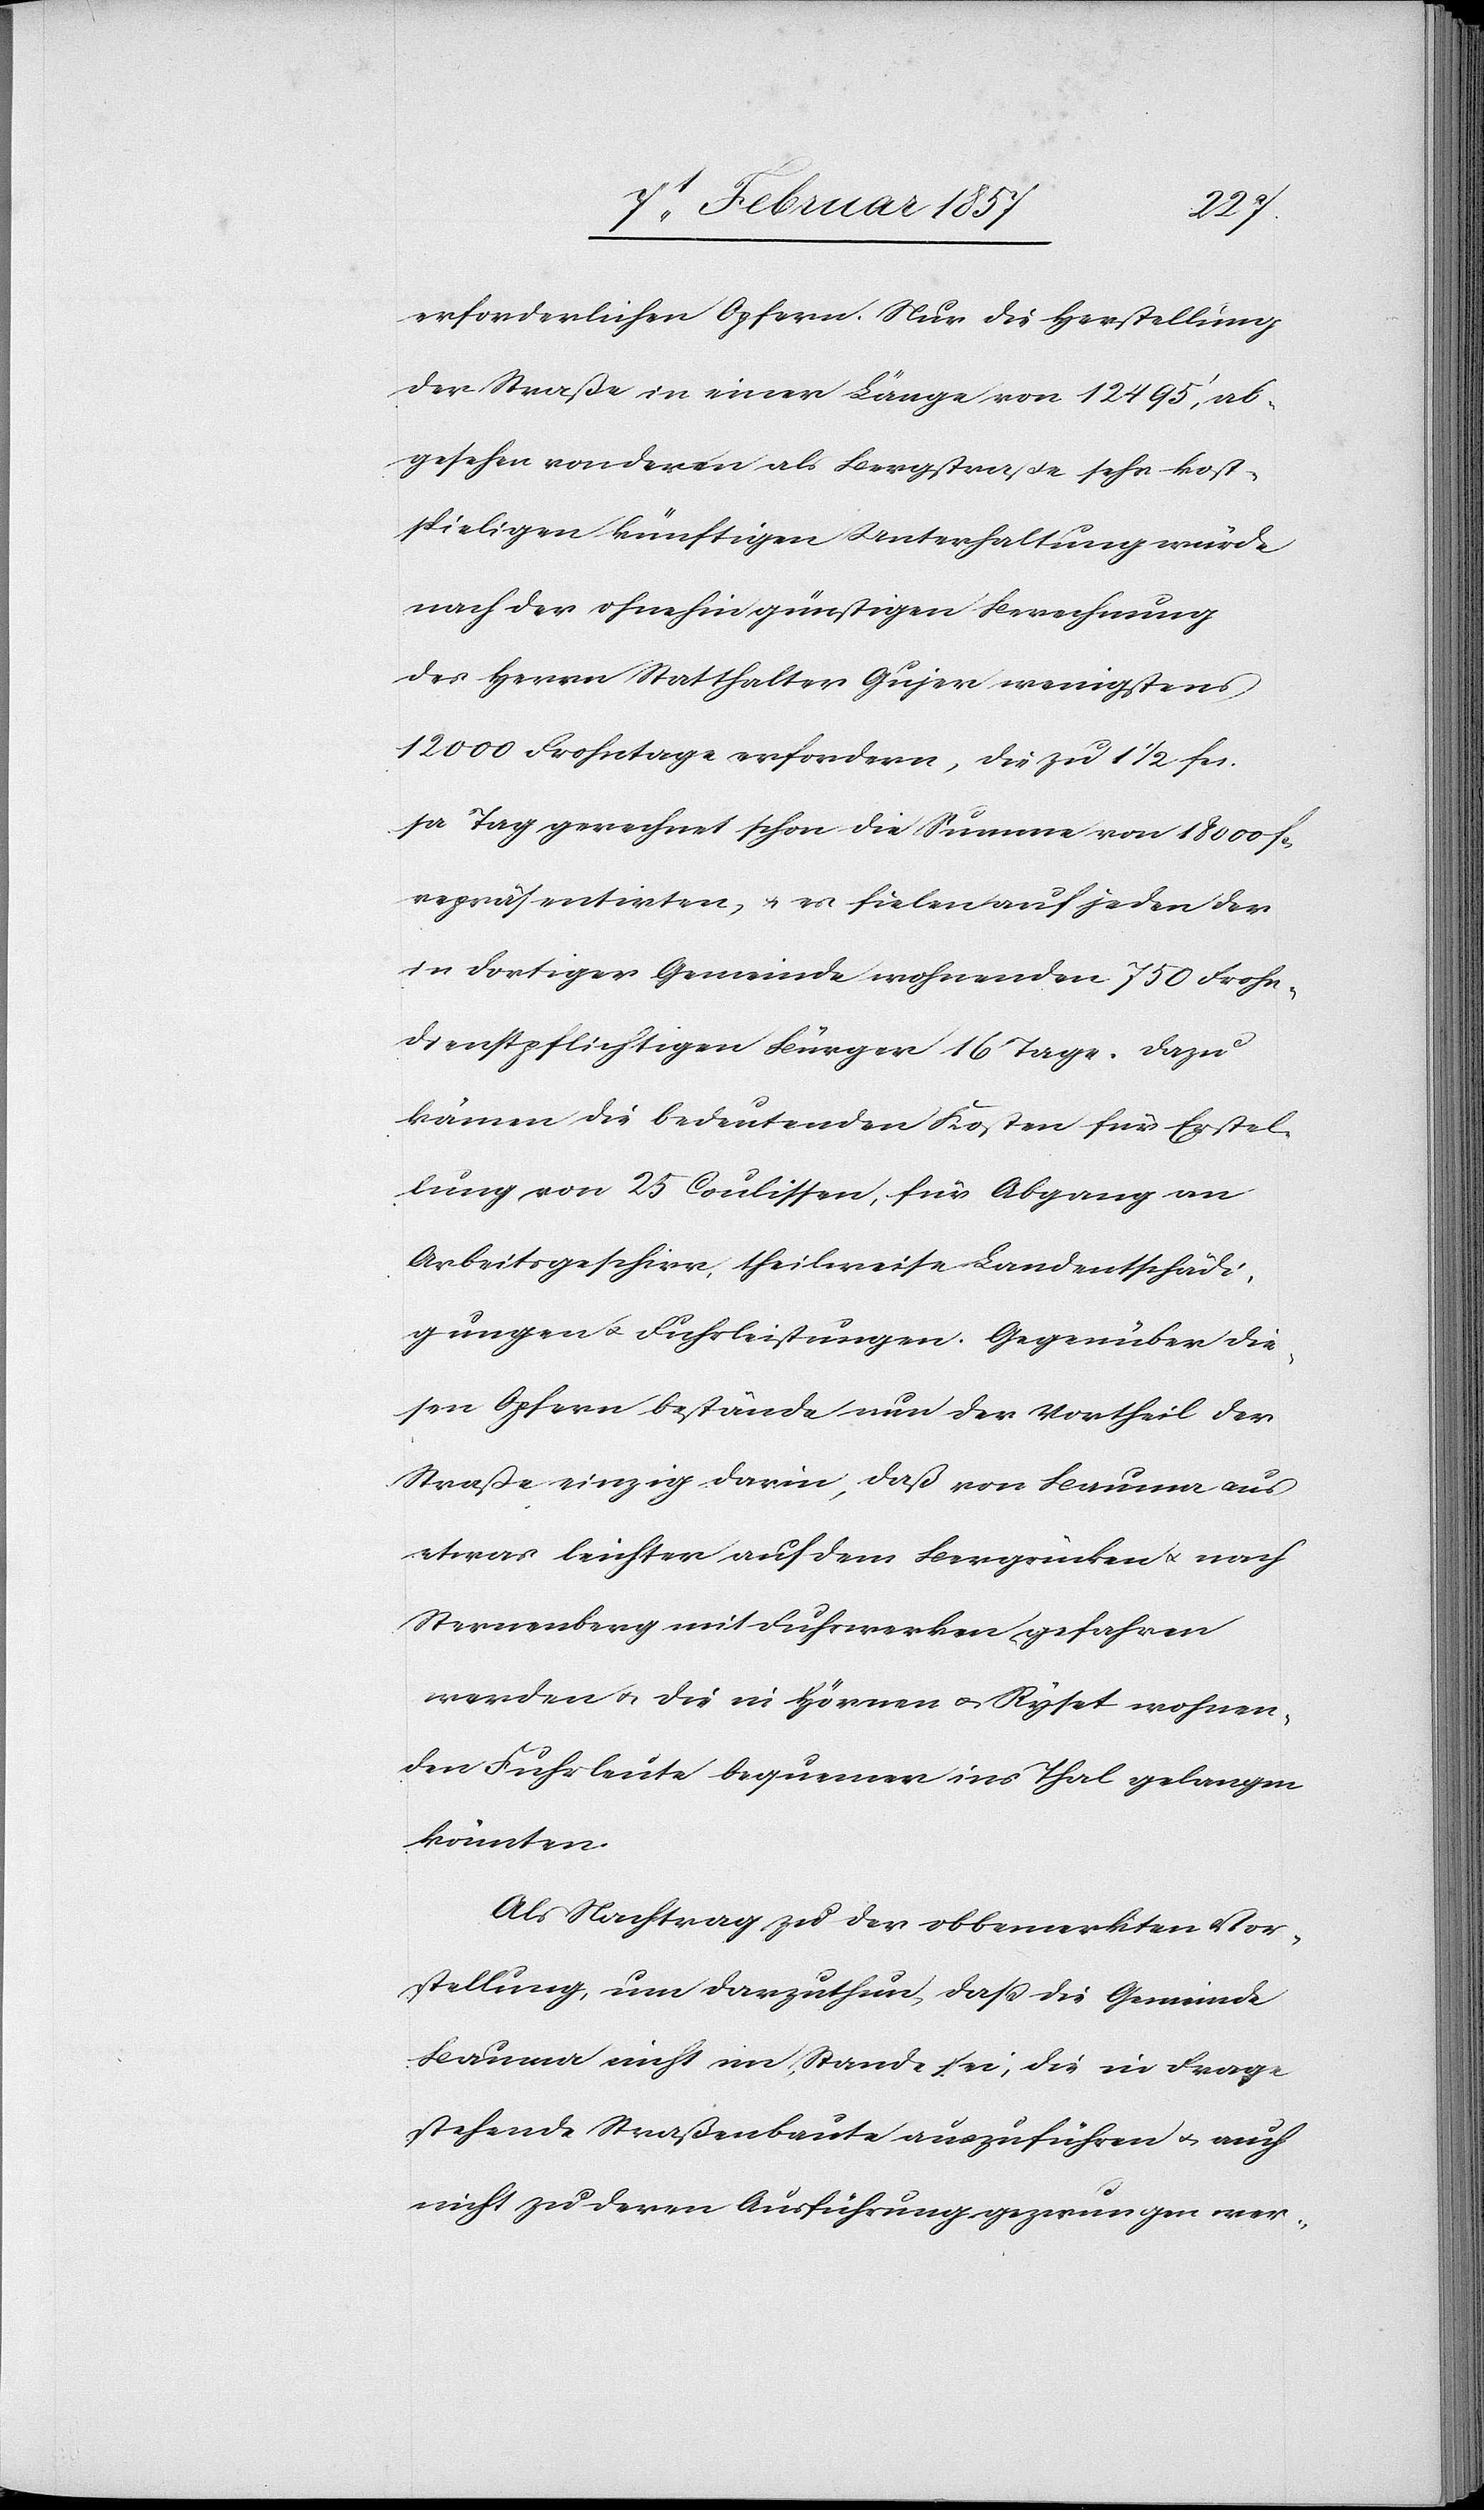
erforderlichen Opfern. Nur die Herstellung
der Straße in einer Länge von 12 495‘, ab¬
gesehen von deren als Bergstraße sehr kost¬
spieligen künftigen Unterhaltung würde
nach der ohnehin günstigen Berechnung
des Herrn Statthalter Gujer wenigstens
12 000 Frohntage erfordern, die zu 1 1/2 fc.
pr Tag gerechnet schon die Summe von 18 000 fc.
repräsentirten, u. es fielen auf jeden der
in dortiger Gemeinde wohnenden 750 Frohn¬
dienstpflichtigen Bürger 16 Tage. Dazu
kämen die bedeutenden Kosten für Erstel¬
lung von 25 Coulissen, für Abgang an
Arbeitsgeschirr, theilweise Landentschädi¬
gungen u. Fuhrleistungen. Gegenüber die¬
sen Opfern bestände nun der Vortheil der
Straße einzig darin, daß von Bauma aus
etwas leichter auf dem Bergrücken u. nach
Sternenberg mit Fuhrwerken gefahren
werden u. die in Hörnen u. Ryset wohnen¬
den Fuhrleute bequemer ins Thal gelangen
könnten.
Als Nachtrag zu der obbemerkten Vor¬
stellung, um darzuthun, daß die Gemeinde
Bauma nicht im Stande sei, die in Frage
stehende Straßenbaute auszuführen u. auch
nicht zu deren Ausführung gezwungen wer-